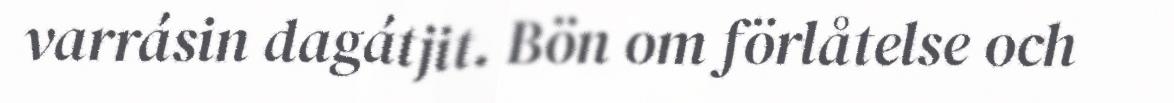
varrásin dagátjit. Bön om förlåtelse och